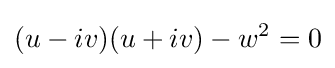
(u-iv)(u+iv)-w^{2}=0